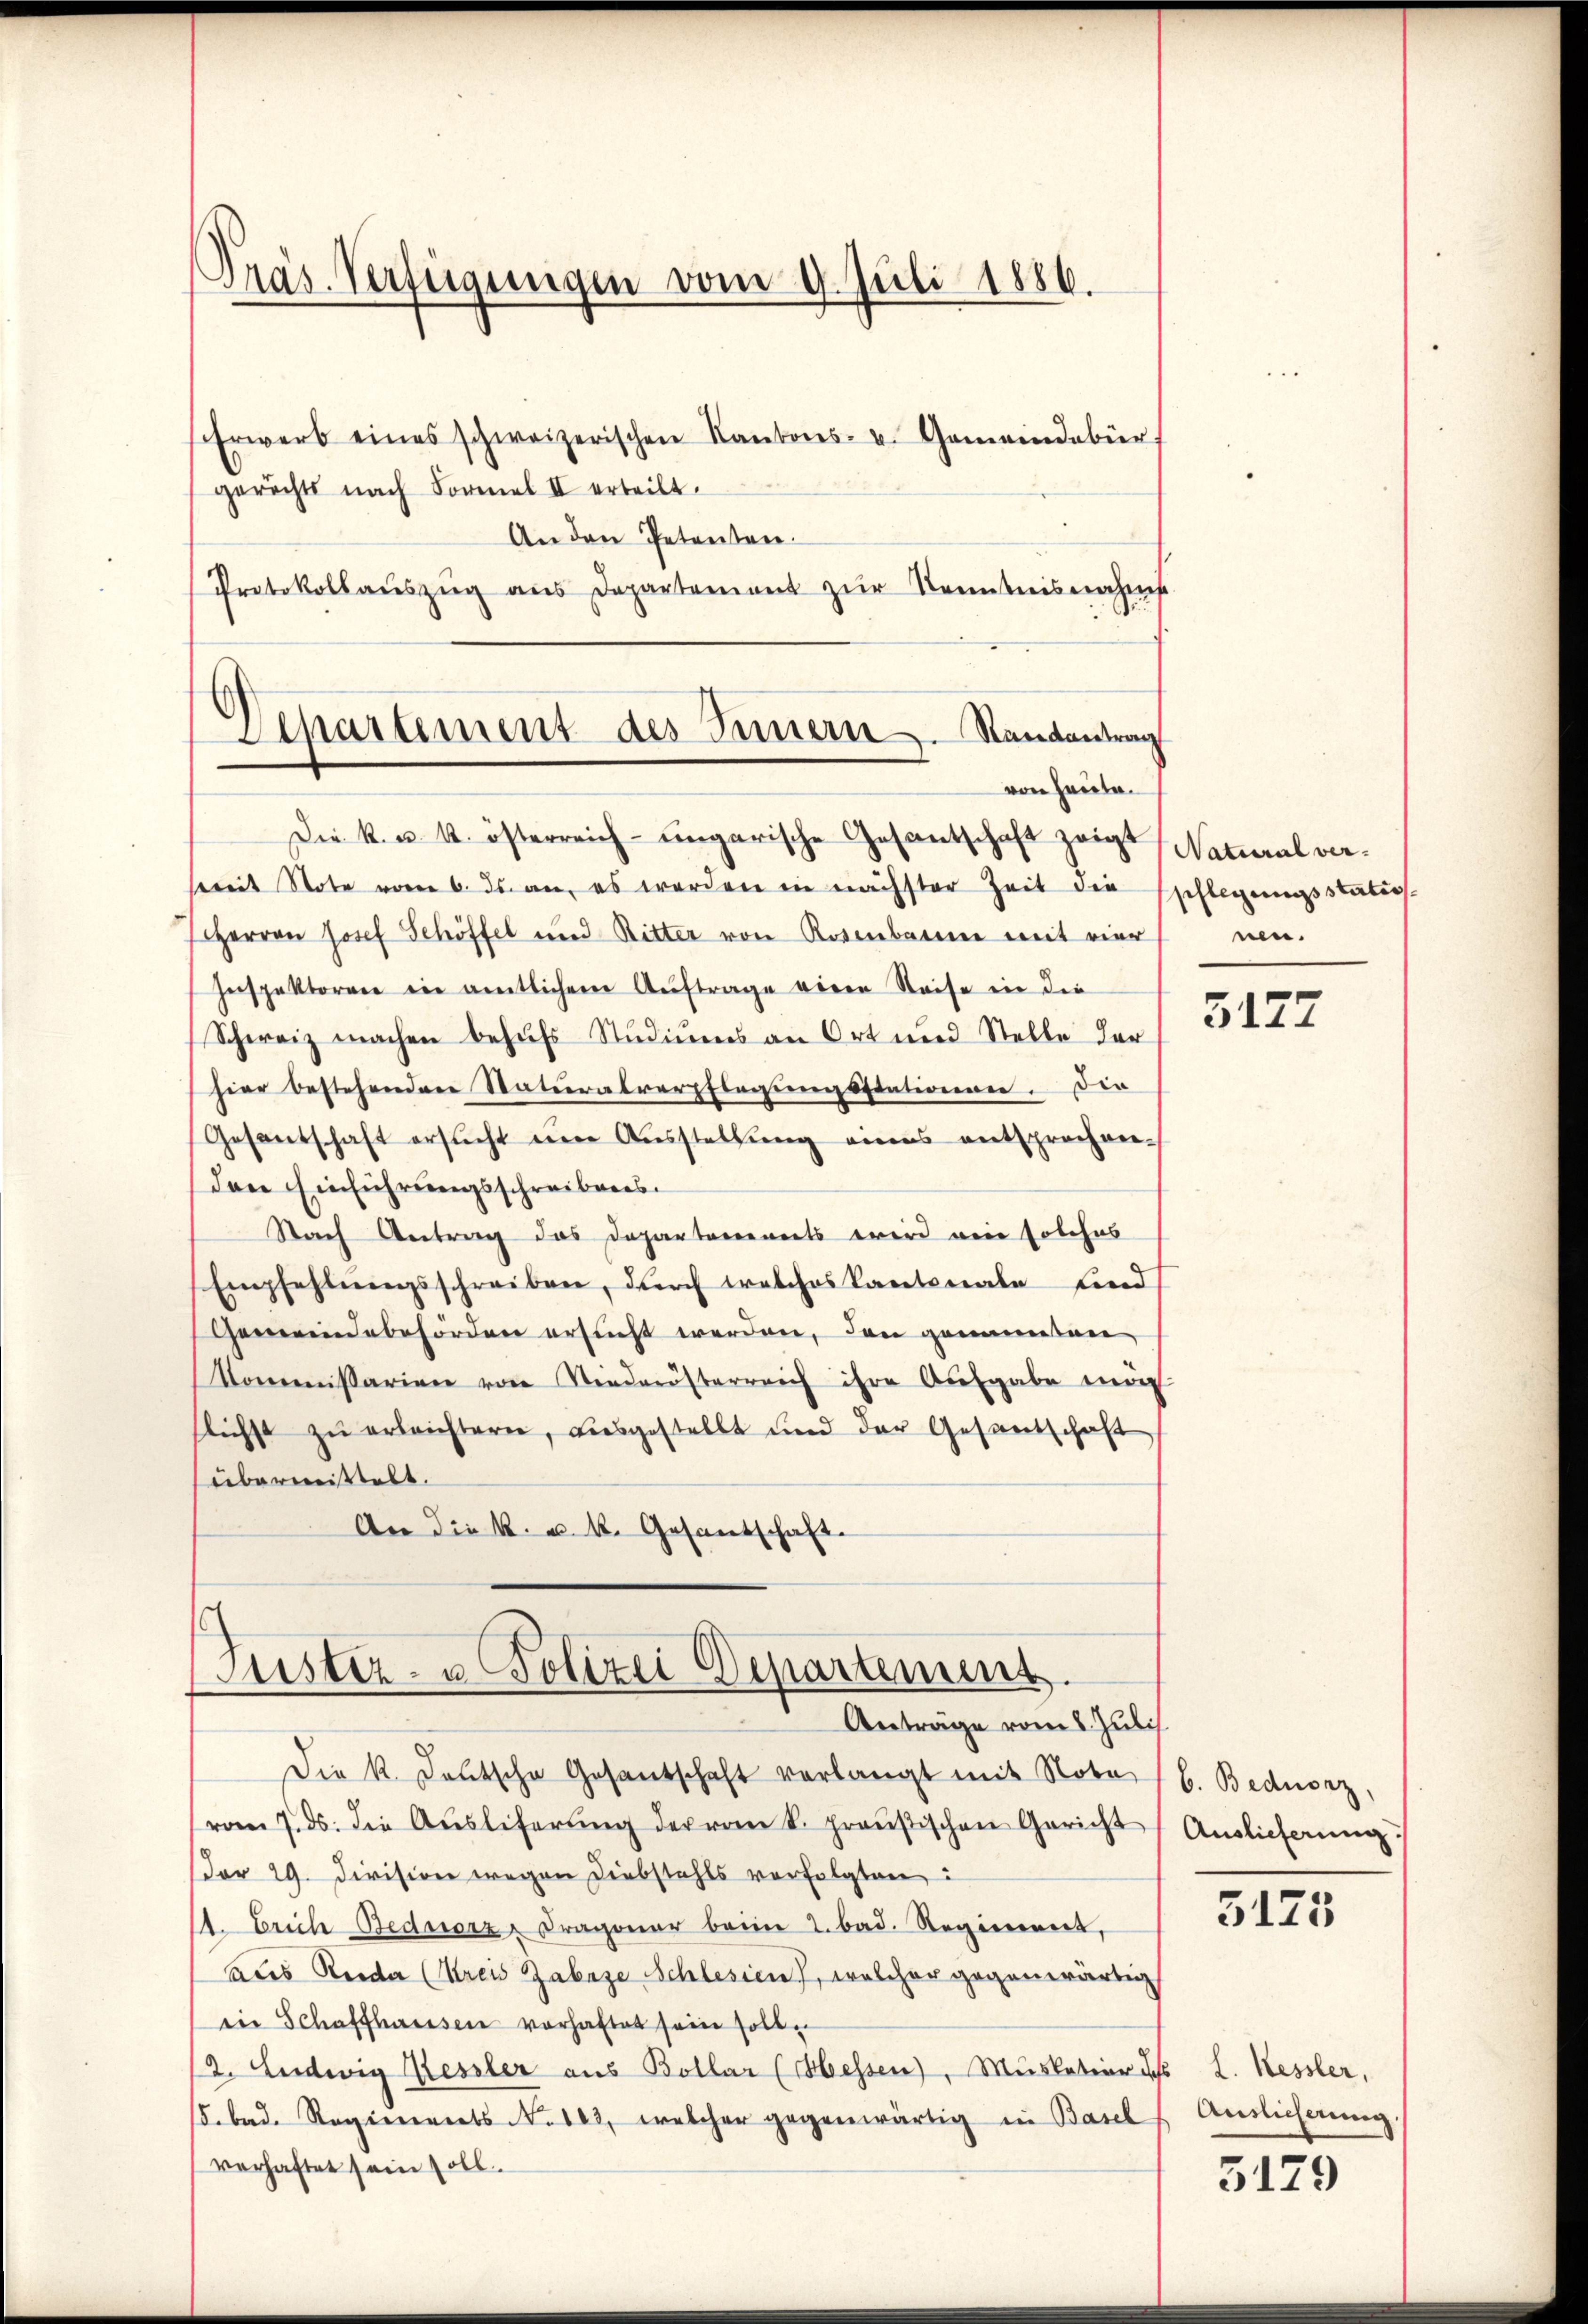
Präs. Verfügungen vom 9. Juli 1886.

Erwerb eines schweizerischen Kantons- u. Gemeindebür
gerichts nach Formel II erteilt.
An den Petenten.
Protokollaŭszŭg aŭs Departement zŭr Kenntnisnahme.
Departement des Innern. Randantrag

von Heute.

Tuster- u. Polizei Departement.
Anträge vom 8. Juli.

Die k. u. k. österreich-ungarische Gesantschaft zeigt, Natural versmmit Note vom 6. ds. an, es werden in nächster Zeit die pflegungsstatios-
Herren Josef Schöffel und Ritter von Rosenbar mit vier
Inspektoren in amtlichen Auftrage viere Reise in die
Schweiz machen behufs Studiums an Ort und Stelle der
hier bestehenden Staturalverpflegungsstationnen. Die
Gesantschaft ersŭcht ŭm Aŭsstellung eines entsprochen-
den Einführungsschreibens.
Nach Antrag das Departarereits wird ein solches
Empfehlŭngsschreiben, durch welches Kantonale sind
Gemeindebehörden ersucht werden, den genannten
Kommissarien von Niederösterreich ihre Ausgabe mich
flichst zŭ erleichtern, ausgestellt und der Gesandschaft
übermittelt.
An die k. u. k. Gesantschaft.

Die k. Deutsche Gesandschaft verlangt mit Note 16. Bedierz,
vom 7. ds. die Aŭsliferŭng der vom k. preußischen Gericht Auslieferung
Der 29. Division wegen Diebstahls verfolgten:
1. Erich Bedierz, Dragoner beim 2. bad. Regiment,
aues Reider (Kreis Zabnze Schlesien, welcher gegenwärtig
in Schaffhausen vorhaftet sein sollen
2. Ludwig Kessler aus Bollar (Hessen), Muskation des L. Kessler,
bad. Regiments No 103, welcher gegenwärtig in Basel
verhaftet sein soll.

nen.

3177

5125

Auslicherung

5179